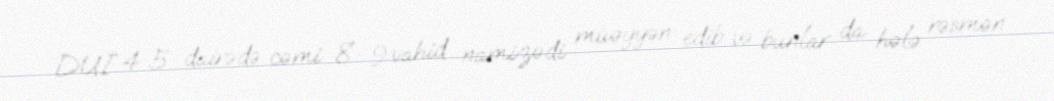
DUİ 4-5 dairədə cəmi 8- 9 vahid namizədi müəyyən edib və bunlar da hələ rəsmən